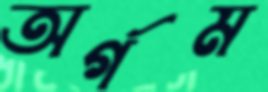
অর্গম